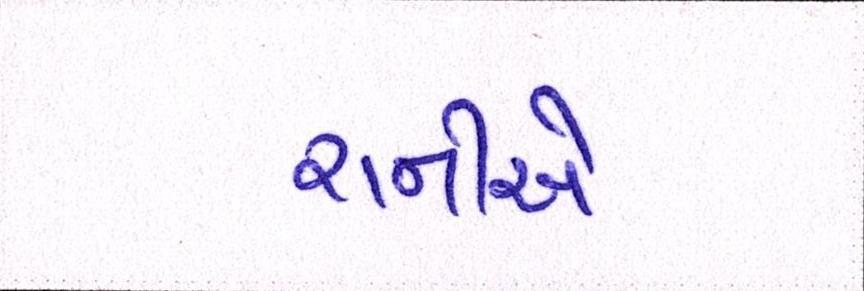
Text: રાનીએ